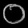
Digit: ၀